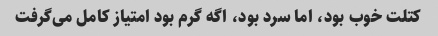
کتلت خوب بود، اما سرد بود، اگه گرم بود امتیاز کامل می‌گرفت